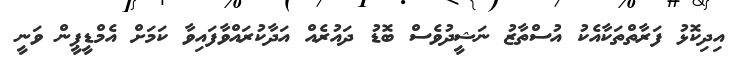
އިދިކޮޅު ފަރާތްތަކާއެކު އުސްތާޒު ނަޝީދުވެސް ބޮޑު ދައުރެއް އަދާކުރައްވާފައިވާ ކަމަށް އެމްޑީޕީން ވަނީ